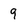
Character: 9